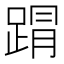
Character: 𮛥